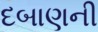
દબાણની